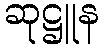
ဆုဋ္ဌူန